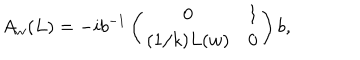
A _ { w } ( L ) = - i b ^ { - 1 } \left( \begin{array} { c c } { { 0 } } & { { 1 } } \\ { { ( 1 / k ) L ( w ) } } & { { 0 } } \\ \end{array} \right) b ,